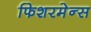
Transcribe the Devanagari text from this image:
फिशरमेन्स